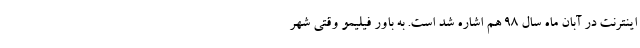
اینترنت در آبان ماه سال ۹۸ هم اشاره شد است. به باور فیلیمو وقتی شهر